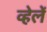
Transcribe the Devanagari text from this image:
व्हेलें